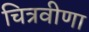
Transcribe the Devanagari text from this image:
चित्रवीणा